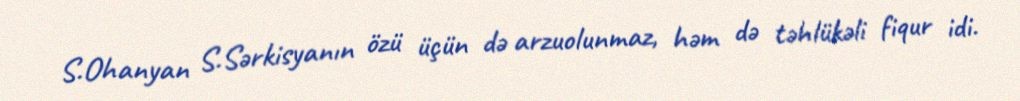
S.Ohanyan S.Sərkisyanın özü üçün də arzuolunmaz, həm də təhlükəli fiqur idi.